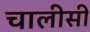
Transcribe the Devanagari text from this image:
चालीसी